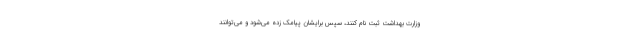
وزارت بهداشت ثبت نام کنند، سپس برایشان پیامک زده می‌شود و می‌توانند